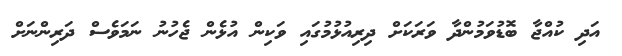
އަދި ކުއްޖާ ބޮޑުވަމުންދާ ވަރަކަށް ދިރިއުޅުމުގައި ވަކިން އުޅެން ޖެހުނު ނަމަވެސް ދަރިންނަށް